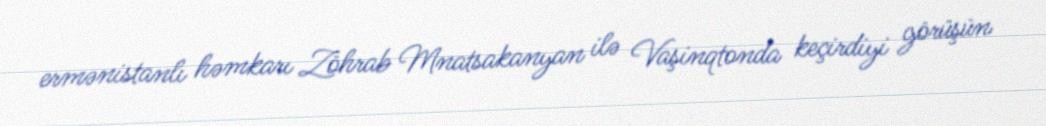
ermənistanlı həmkarı Zöhrab Mnatsakanyan ilə Vaşinqtonda keçirdiyi görüşün